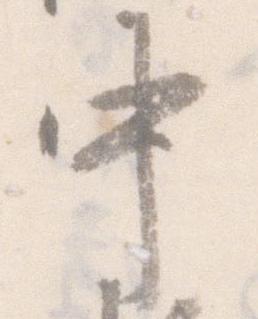
中